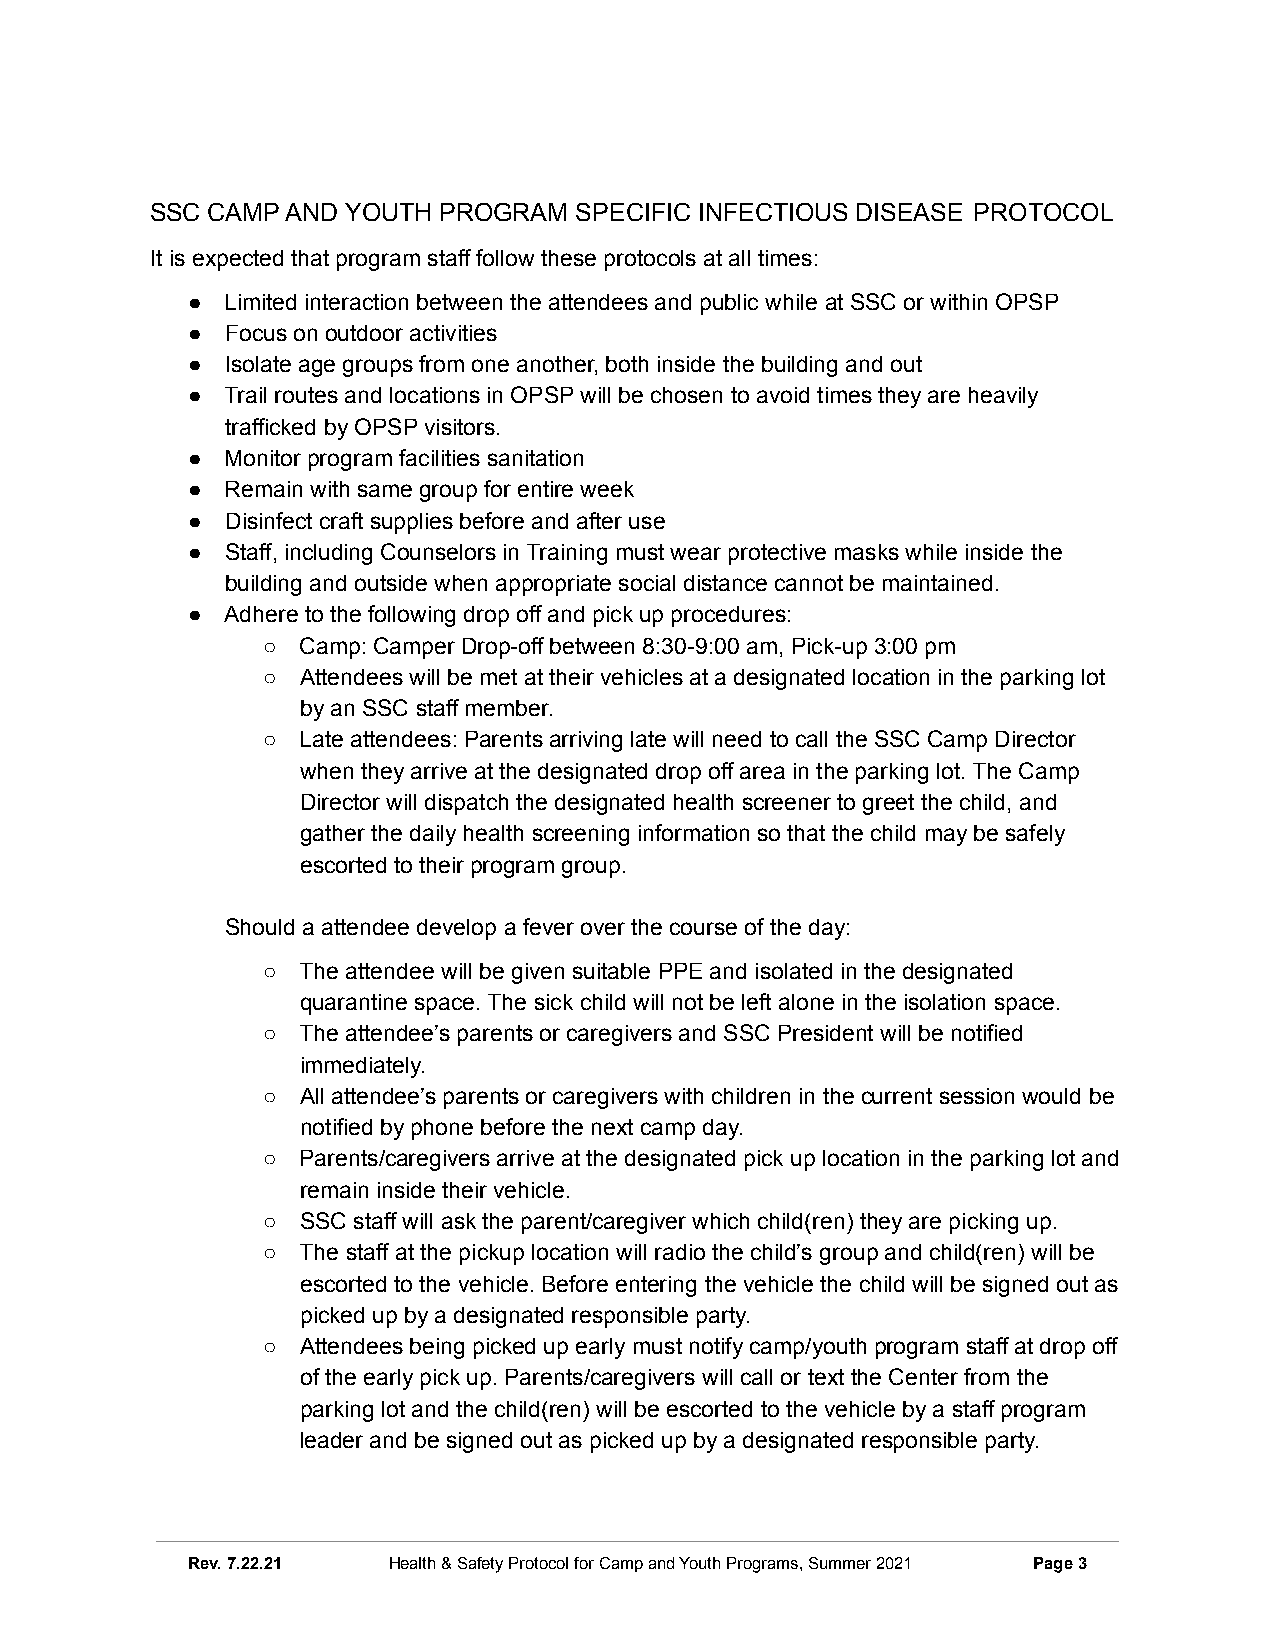
SSC CAMP AND YOUTH PROGRAM  SPECIFIC INFECTIOUS DISEASE PROTOCOL
 It is expected that program staff follow these protocols at all times:
 ●  Limited interaction between the attendees and public while at SSC or within OPSP
 ●  Focus on outdoor activities
 ●  Isolate age groups from one another, both inside the building and out
 ●  Trail routes and locations in OPSP will be chosen to avoid times they are heavily
 trafficked by OPSP visitors.
 ●  Monitor program facilities sanitation
 ●  Remain with same group for entire week
 ●  Disinfect craft supplies before and after use
 ●  Staff, including Counselors in Training must wear protective masks while inside the
 building and outside when appropriate social distance cannot be maintained.
 ●  Adhere to the following drop off and pick up procedures:
 ○  Camp: Camper Drop-off between 8:30-9:00 am, Pick-up 3:00 pm
 ○  Attendees will be met at their vehicles at a designated location in the parking lot
 by an SSC staff member.
 ○  Late attendees: Parents arriving late will need to call the SSC Camp Director
 when they arrive at the designated drop off area in the parking lot. The Camp
 Director will dispatch the designated health screener to greet the child, and
 gather the daily health screening information so that the child may be safely
 escorted to their program group.
 Should a attendee develop a fever over the course of the day:
 ○  The attendee will be given suitable PPE and isolated in the designated
 quarantine space. The sick child will not be left alone in the isolation space.
 ○  The attendee’s parents or caregivers and SSC President will be notified
 immediately.
 ○  All attendee’s parents or caregivers with children in the current session would be
 notified by phone before the next camp day.
 ○  Parents/caregivers arrive at the designated pick up location in the parking lot and
 remain inside their vehicle.
 ○  SSC staff will ask the parent/caregiver which child(ren) they are picking up.
 ○  The staff at the pickup location will radio the child’s group and child(ren) will be
 escorted to the vehicle. Before entering the vehicle the child will be signed out as
 picked up by a designated responsible party.
 ○  Attendees being picked up early must notify camp/youth program staff at drop off
 of the early pick up. Parents/caregivers will call or text the Center from the
 parking lot and the child(ren) will be escorted to the vehicle by a staff program
 leader and be signed out as picked up by a designated responsible party.
 Rev. 7.22.21  Health & SafetyProtocol for Camp and Youth Programs, Summer 2021 Page3